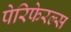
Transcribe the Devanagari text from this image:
पेरिफेरल्स